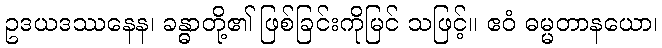
ဥဒယဒဿနေန၊ ခန္ဓာတို့၏ ဖြစ်ခြင်းကိုမြင် သဖြင့်။ ဧဝံ ဓမ္မတာနယော၊